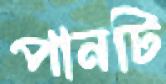
পানটি